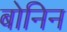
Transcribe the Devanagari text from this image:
बोनिन